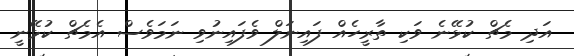
އަދި މެޗް ކުޅޭނެ ވަކި ތާރީހެއް ފައިނަލް ވެފައިނުވި ނަމަވެސް އެމެޗް ކުޅޭނީ